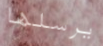
يرسلها